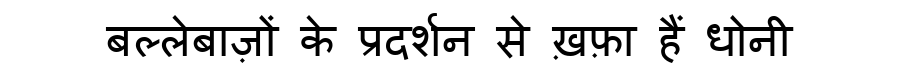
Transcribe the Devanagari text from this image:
बल्लेबाज़ों के प्रदर्शन से ख़फ़ा हैं धोनी